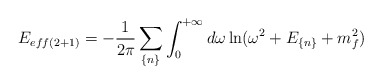
\begin{align*}E_{eff(2+1)}=-\frac{1}{2\pi}\sum_{\{n\}}\int_{0}^{+\infty}d\omega\ln(\omega^{2}+E_{\{n\}}+m^{2}_{f})\end{align*}